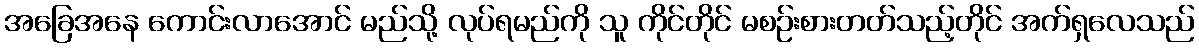
အခြေအနေ ကောင်းလာအောင် မည်သို့ လုပ်ရမည်ကို သူ ကိုင်တိုင် မစဉ်းစားတတ်သည့်တိုင် အက်ရှလေသည်